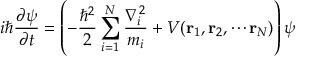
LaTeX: i \hbar { \frac { \partial \psi } { \partial t } } = \left( - { \frac { \hbar ^ { 2 } } { 2 } } \sum _ { i = 1 } ^ { N } { \frac { \nabla _ { i } ^ { 2 } } { m _ { i } } } + V ( \mathbf { r } _ { 1 } , \mathbf { r } _ { 2 } , \cdots \mathbf { r } _ { N } ) \right) \psi